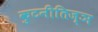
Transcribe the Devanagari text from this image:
कुटनीतिज्ञ